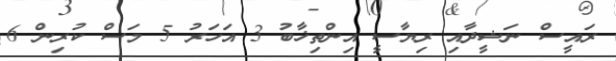
ރައީސް ނަޝީދާއި ރިޔާސީ އިންތިޚާބު 3 އަހަރު 5 މަސް ކުރިން 6